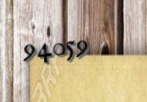
94059